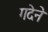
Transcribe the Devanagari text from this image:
गदेने